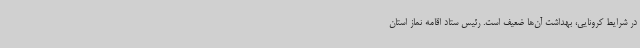
در شرایط کرونایی، بهداشت آن‌ها ضعیف است. رئیس ستاد اقامه نماز استان